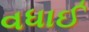
વધાઈ